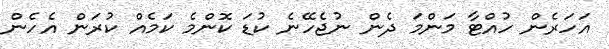
އަހަރެން ހުއްޓާ މަންމަ ދެން ނުޖެހޭނެ ކުޑަ ކޮންމެ ކަމެއް ކުރަން އެހެން